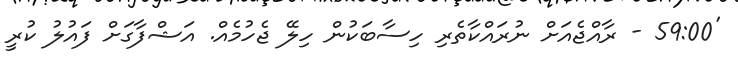
'59:00 - ރާއްޖެއަށް ނުރައްކާތެރި ހިސާބަކުން ހިލޭ ޖެހުމެއް. އަޝްފާގަށް ފައުލު ކުރީ